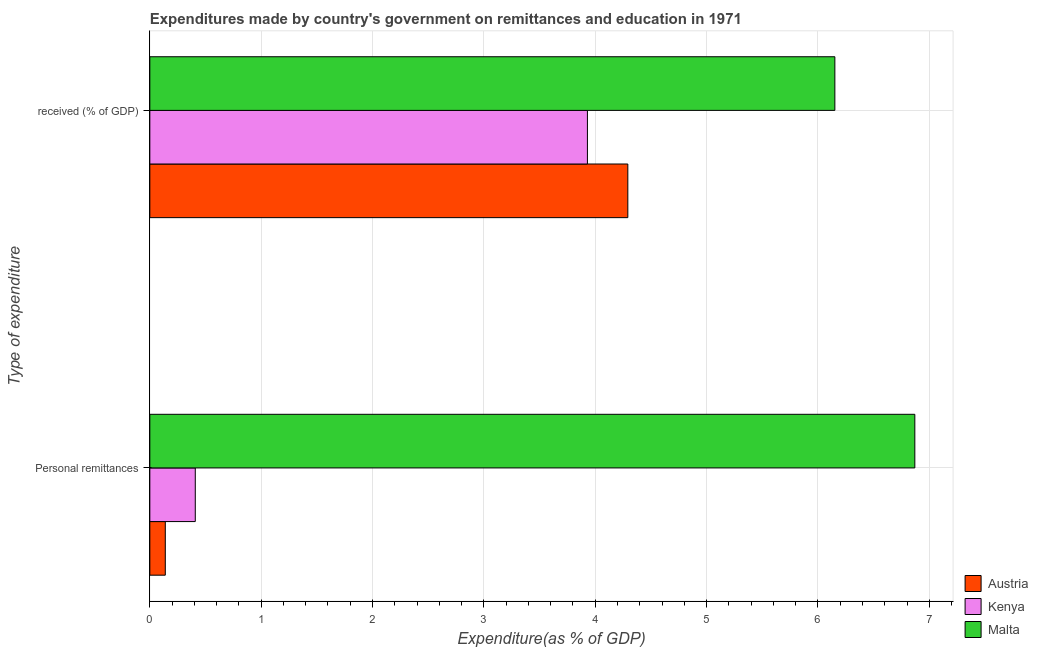
| Type of expenditure | Austria | Kenya | Malta |
 | --- | --- | --- | --- |
 | Personal remittances | 0.139 | 0.408 | 6.87 |
 |  received (% of GDP) | 4.29 | 3.93 | 6.15 |